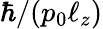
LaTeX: \hbar/(p_{0}\ell_{z})